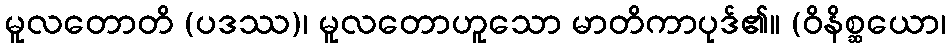
မူလတောတိ (ပဒဿ)၊ မူလတောဟူသော မာတိကာပုဒ်၏။ (ဝိနိစ္ဆယော၊